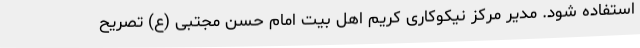
استفاده شود. مدیر مرکز نیکوکاری کریم اهل بیت امام حسن مجتبی (ع) تصریح